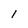
Character: 1